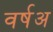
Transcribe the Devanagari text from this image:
वर्षअ